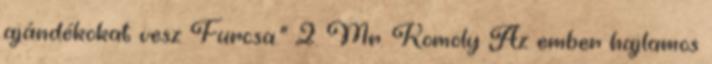
ajándékokat vesz Furcsa." 2. Mr. Komoly Az ember hajlamos